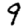
Digit: 9